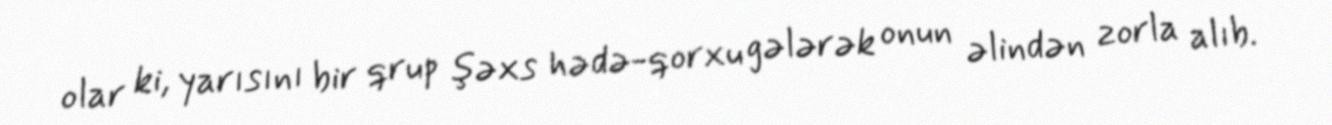
olar ki, yarısını bir qrup şəxs hədə-qorxu gələrək onun əlindən zorla alıb.